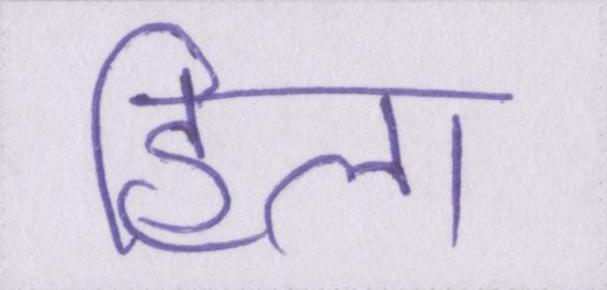
हिला